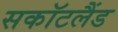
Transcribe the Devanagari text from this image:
सकॉटलैंड